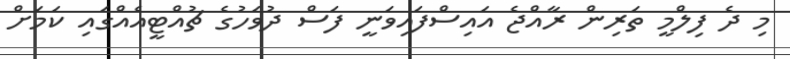
މި ދެ ފިލްމީ ތަރިން ރާއްޖެ އައިސްފައިވަނީ ފަސް ދުވަހުގެ ޗުއްޓީއެއްގައި ކަމަށް